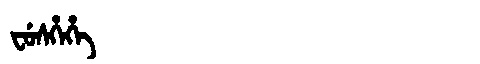
Manchu: ᠸᡠᠰᡥᡝᡥᡝ
Romanization: FUSHEHE